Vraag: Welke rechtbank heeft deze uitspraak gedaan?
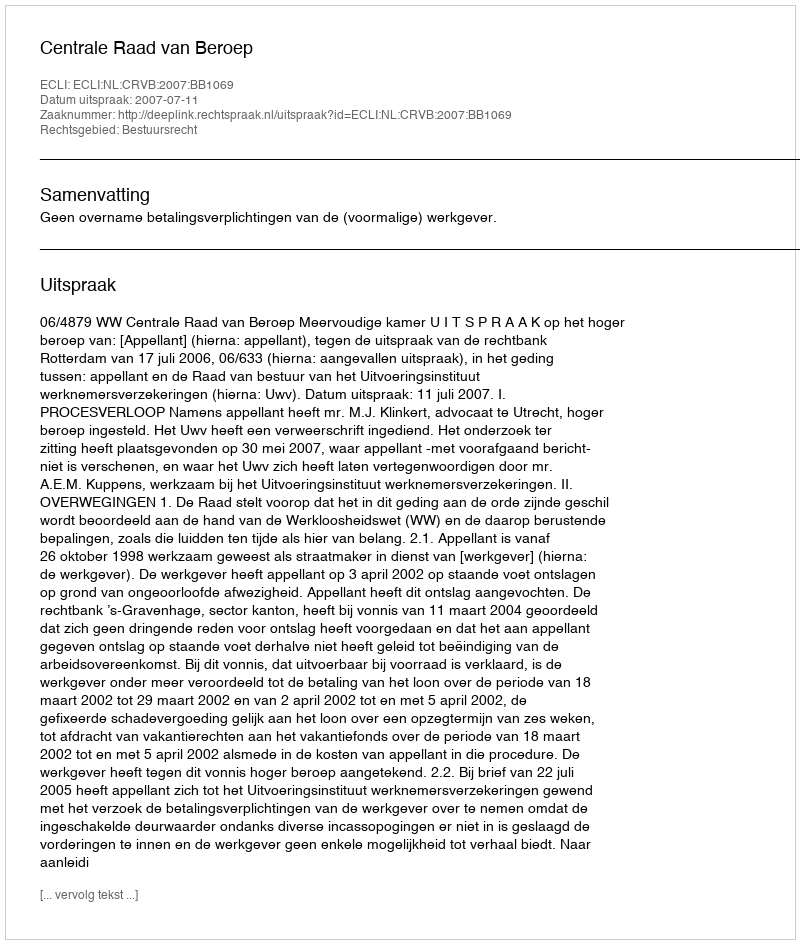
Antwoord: Centrale Raad van Beroep